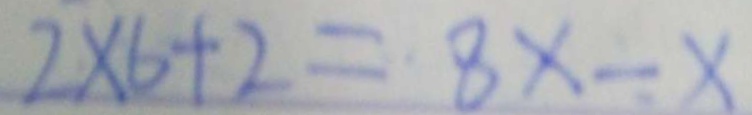
2 \times 6 + 2 = 8 x - x